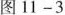
图11-3